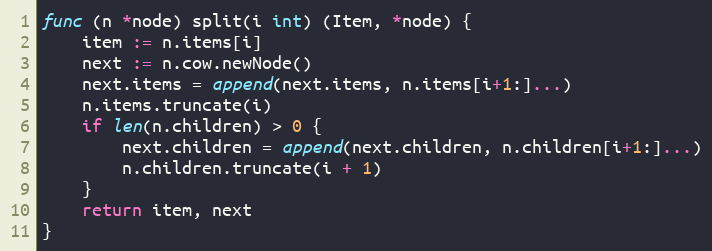
Language: Go
func (n *node) split(i int) (Item, *node) {
	item := n.items[i]
	next := n.cow.newNode()
	next.items = append(next.items, n.items[i+1:]...)
	n.items.truncate(i)
	if len(n.children) > 0 {
		next.children = append(next.children, n.children[i+1:]...)
		n.children.truncate(i + 1)
	}
	return item, next
}